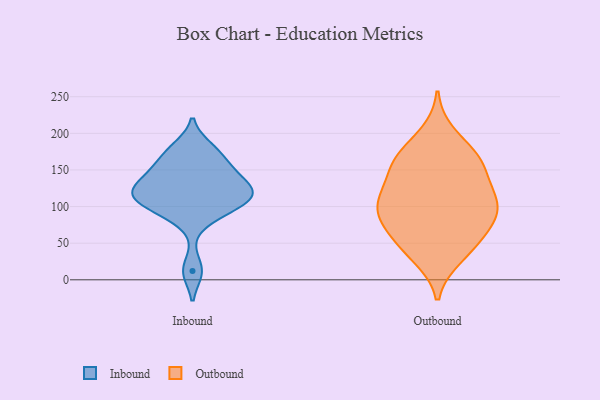
{"axis": {"x": "Market Share (%)", "y": "Value"}, "legend": ["Inbound", "Outbound"], "data": [{"x": "", "y": 147, "type": "Inbound"}, {"x": "", "y": 113, "type": "Inbound"}, {"x": "", "y": 117, "type": "Inbound"}, {"x": "", "y": 87, "type": "Inbound"}, {"x": "", "y": 131, "type": "Inbound"}, {"x": "", "y": 114, "type": "Inbound"}, {"x": "", "y": 12, "type": "Inbound"}, {"x": "", "y": 170, "type": "Inbound"}, {"x": "", "y": 180, "type": "Inbound"}, {"x": "", "y": 149, "type": "Inbound"}, {"x": "", "y": 120, "type": "Inbound"}, {"x": "", "y": 99, "type": "Inbound"}, {"x": "", "y": 158, "type": "Outbound"}, {"x": "", "y": 31, "type": "Outbound"}, {"x": "", "y": 159, "type": "Outbound"}, {"x": "", "y": 41, "type": "Outbound"}, {"x": "", "y": 110, "type": "Outbound"}, {"x": "", "y": 167, "type": "Outbound"}, {"x": "", "y": 44, "type": "Outbound"}, {"x": "", "y": 113, "type": "Outbound"}, {"x": "", "y": 82, "type": "Outbound"}, {"x": "", "y": 73, "type": "Outbound"}, {"x": "", "y": 199, "type": "Outbound"}, {"x": "", "y": 168, "type": "Outbound"}, {"x": "", "y": 71, "type": "Outbound"}, {"x": "", "y": 83, "type": "Outbound"}, {"x": "", "y": 110, "type": "Outbound"}, {"x": "", "y": 148, "type": "Outbound"}, {"x": "", "y": 104, "type": "Outbound"}, {"x": "", "y": 111, "type": "Outbound"}]}